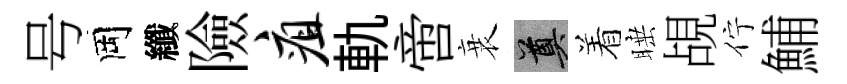
号岡纖險疽軌啻衰奠着睡覘佇鯆